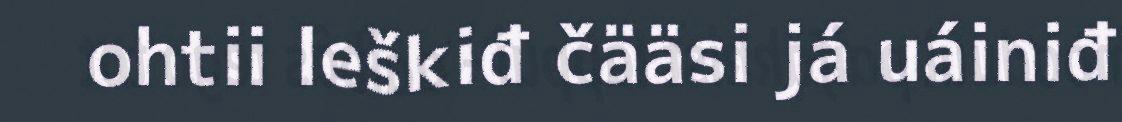
ohtii leškiđ čääsi já uáiniđ